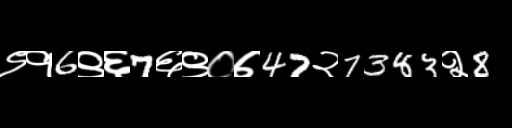
Text: ९१6९६7६९०७47२7383२8